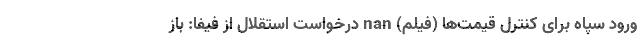
ورود سپاه برای کنترل قیمت‌ها (فیلم) nan درخواست استقلال از فیفا: باز